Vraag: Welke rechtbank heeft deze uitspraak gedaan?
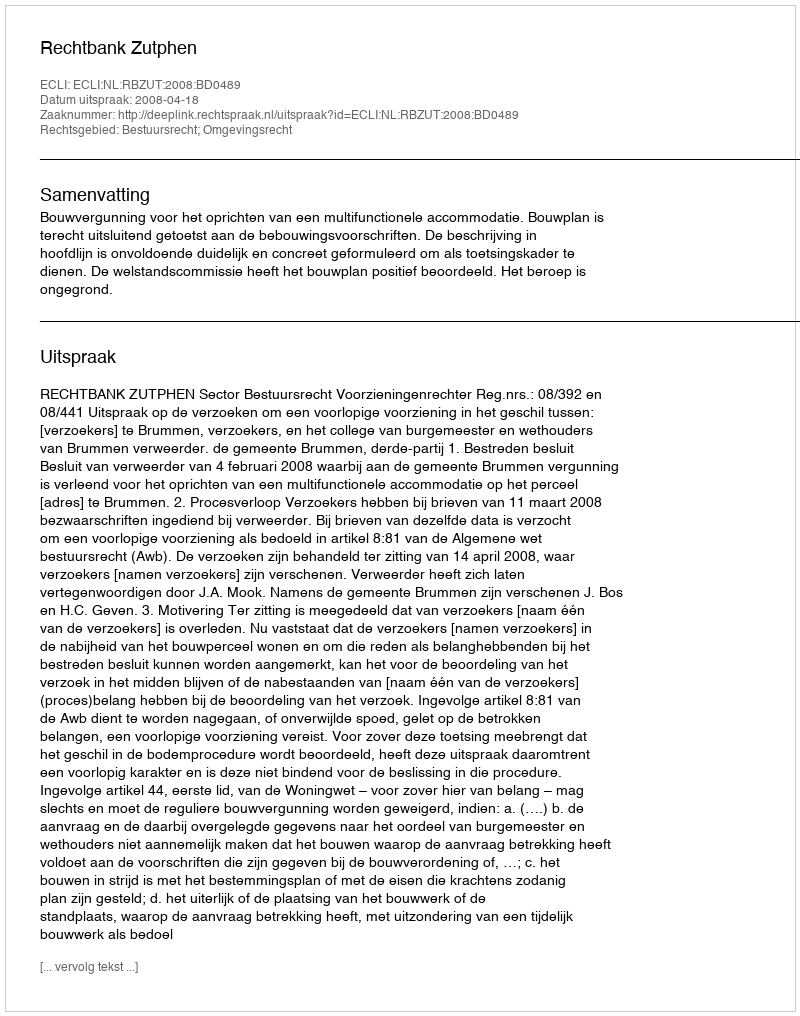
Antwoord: Rechtbank Zutphen